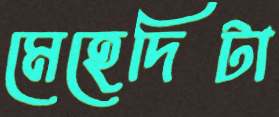
মেহেদিটা